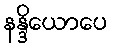
နန္ဒိယောပေ